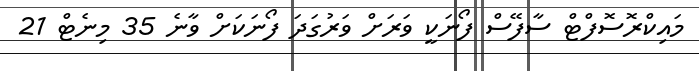
މައިކްރޮސޮފްޓް ސާފޭސް ފޯނަކީ ވަރަށް ވަރުގަދަ ފޯނަކަށް ވާނެ 35 މިނެޓް 21